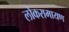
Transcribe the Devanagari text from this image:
लोकरामायण